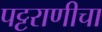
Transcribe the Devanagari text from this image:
पट्टराणीचा